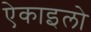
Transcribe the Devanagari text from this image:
ऐकाइलो